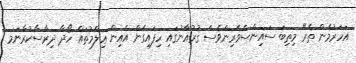
އަހަރުމެން ތެރޭ މިތިބަ ސައިންސްވެރިންވެސް ޤުރުއާނުގައި ހިފައިގެން އެއިން ޢިލްމުތައް ހޯދާ ދިރާސާކުރާނަމަ